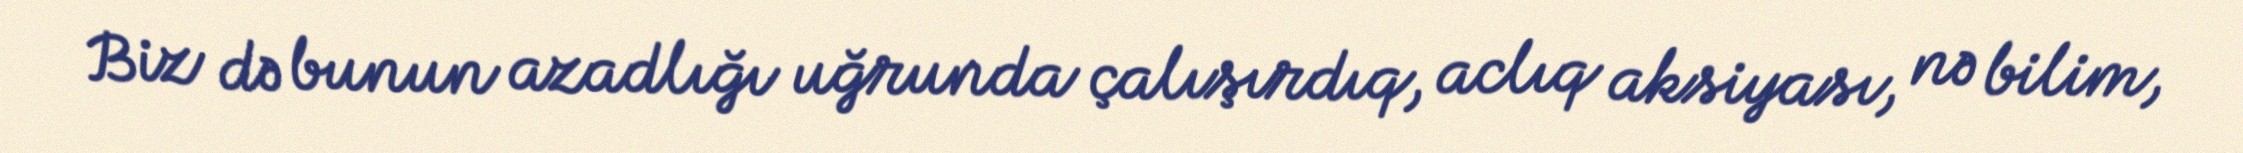
Biz də bunun azadlığı uğrunda çalışırdıq, aclıq aksiyası, nə bilim,